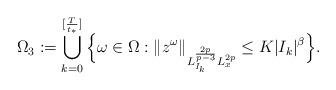
LaTeX: \begin{align*} \Omega_3:=\bigcup_{k=0}^{[\frac{T}{t_{\ast}}]}\Big\{\omega\in \Omega:\|z^{\omega}\|_{L^{\frac{2p}{p-3}}_{I_k}L^{2p}_x}\leq K|I_k|^{\beta}\Big\}. \end{align*}